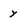
Character: y